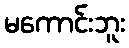
မကောင်းဘူး